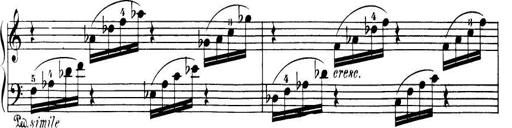
Title: 32 Sonatinas and Rondos for the Piano
Composer: Richard Kleinmichel